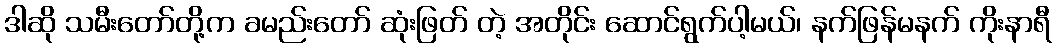
ဒါဆို သမီးတော်တို့က ခမည်းတော် ဆုံးဖြတ် တဲ့ အတိုင်း ဆောင်ရွက်ပါ့မယ်၊ နက်ဖြန်မနက် ကိုးနာရီ